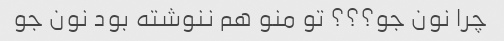
چرا نون جو؟؟؟ تو منو هم ننوشته بود نون جو